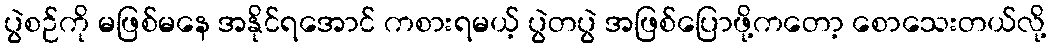
ပွဲစဉ်ကို မဖြစ်မနေ အနိုင်ရအောင် ကစားရမယ့် ပွဲတပွဲ အဖြစ်ပြောဖို့ကတော့ စောသေးတယ်လို့